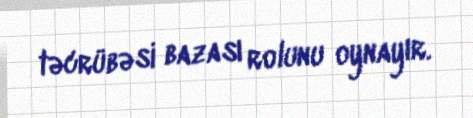
təcrübəsi bazası rolunu oynayır.